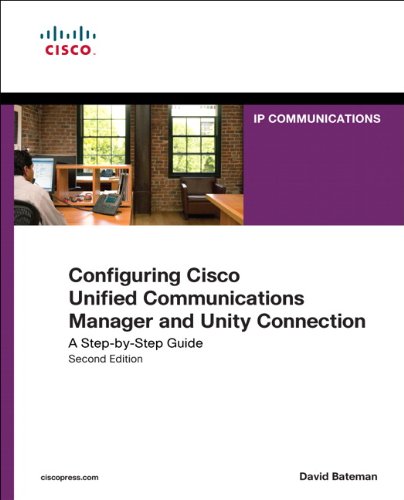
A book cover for Configuring Cisco Unified Communications Manager and Unity Connection: A Step-by-Step Guide (2nd Edition) (Networking Technology: IP Communications); David J. Bateman; Computers & Technology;